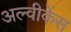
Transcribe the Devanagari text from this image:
अल्वीकेंस